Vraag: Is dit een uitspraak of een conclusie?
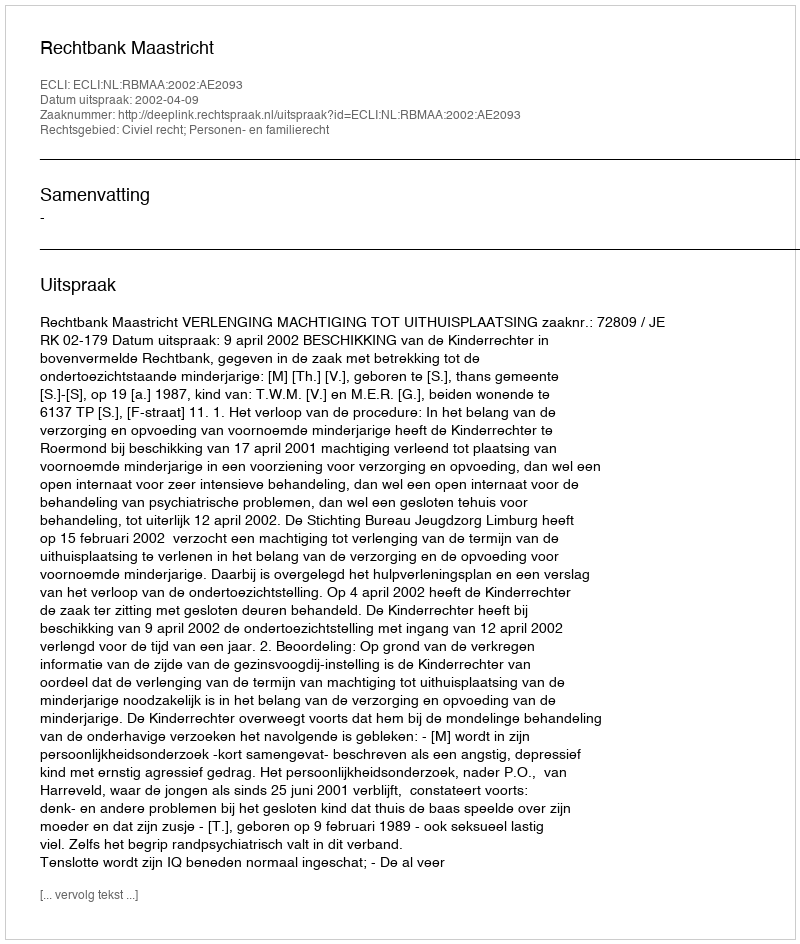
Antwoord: Uitspraak